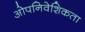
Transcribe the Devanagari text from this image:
ओपनिवेशिकता